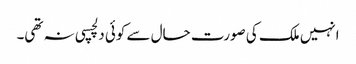
انہیں ملک کی صورت حال سے کوئی دلچسپی نہ تھی۔